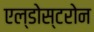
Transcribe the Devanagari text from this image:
एल्डोस्टरोन